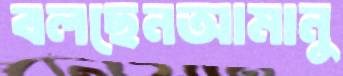
বলছেনআমানু